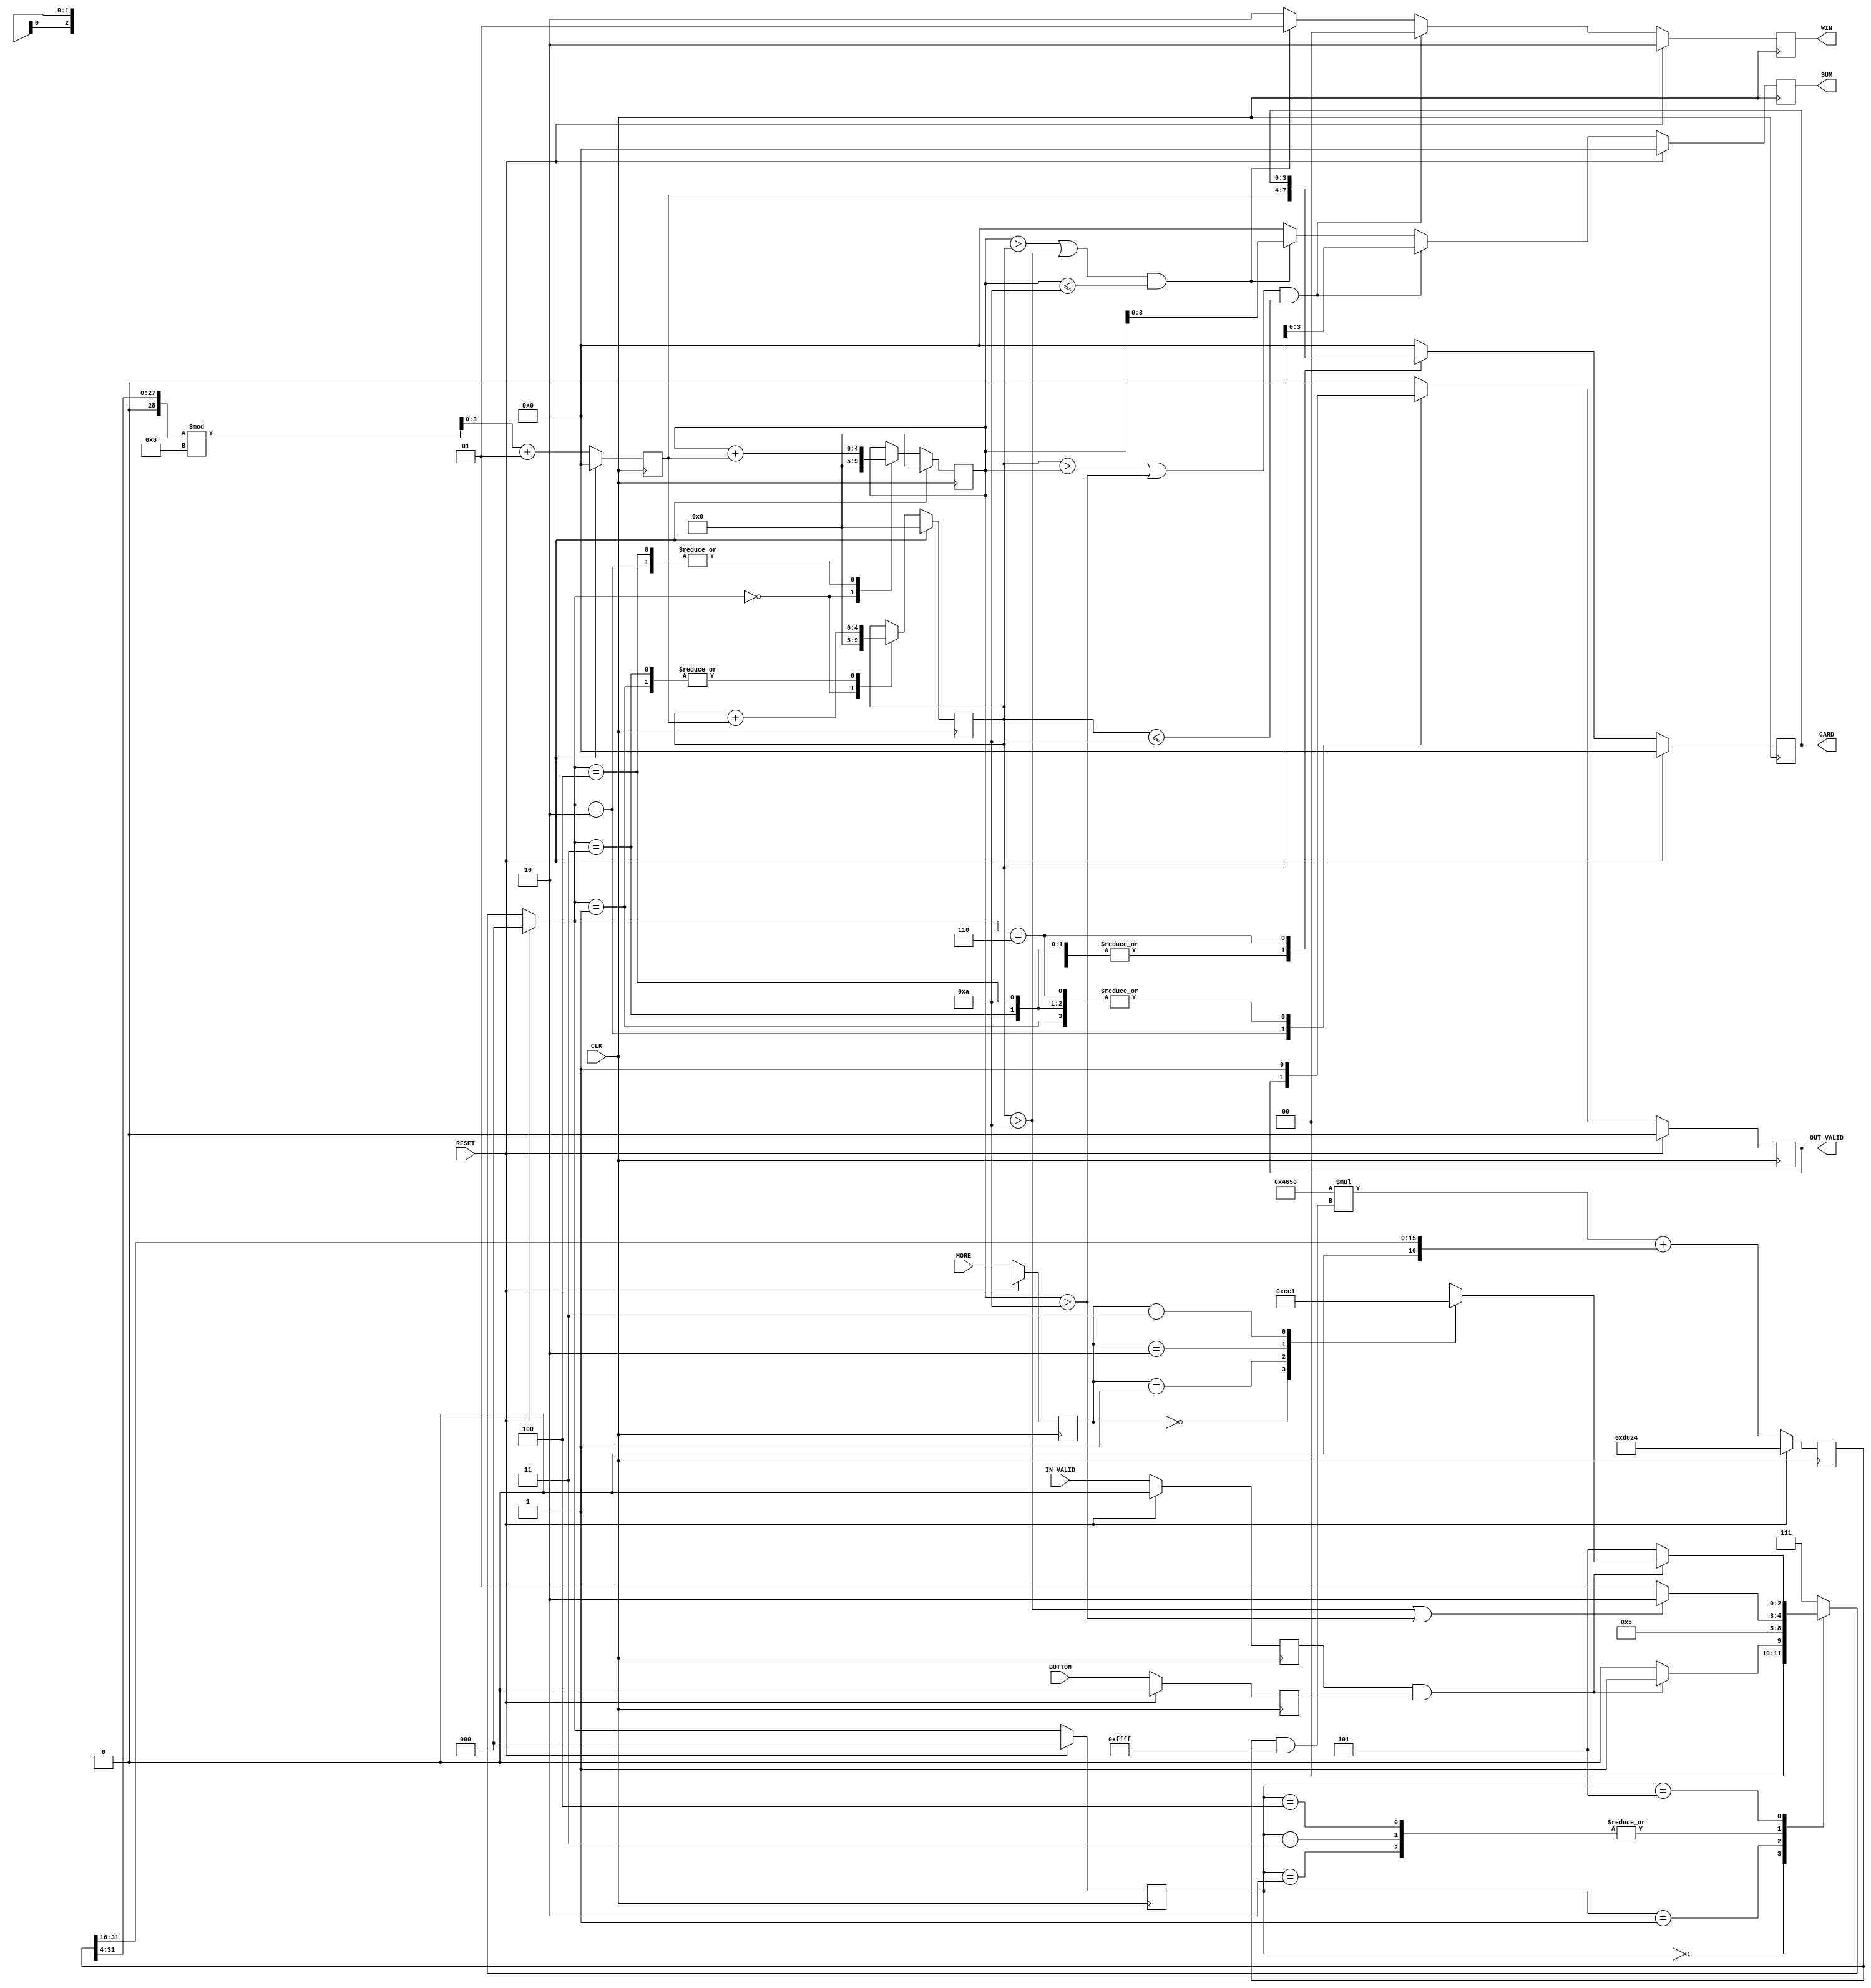
module PGM(
	input CLK, RESET, IN_VALID, BUTTON,
	input [1:0] MORE,
	output reg OUT_VALID,
	output reg [1:0] WIN,
	output reg [3:0] CARD,
	output reg [3:0] SUM
);
parameter MAXH = 10;
parameter ST_INIT = 3'b000;
parameter ST_FC = 3'b001;
parameter ST_SC = 3'b010;
parameter ST_A = 3'b011;
parameter ST_B = 3'b100;
parameter ST_WAIT = 3'b101;
parameter ST_OUTPUT = 3'b110;
parameter ST_DONE = 3'b111;

reg [2:0] state, next_state;
reg [3:0] randcard;
integer m_w;
reg inIN, inBT;
reg [1:0] inMR;
reg [4:0] handA, handB;


// Random number generator
always @(posedge CLK)
begin
	if (RESET) begin
		randcard <= 4'b0000;
		m_w <= 55332;
	end
	else begin
		m_w <= 18000 * (m_w & 65535) + (m_w >> 16);
		randcard <= ((m_w >> 4) % 8) + 1;
	end
end


// Synchronizer
always @(posedge CLK)
begin
	if (RESET) begin
		inIN <= 1'b0;
		inBT <= 1'b0;
		inMR <= 2'bxx;
	end
	else begin
		inIN <= IN_VALID;
		inBT <= BUTTON;
		inMR <= MORE;
	end
		
end

// Finite State Machine
always @(posedge CLK)
begin
	if (RESET)
		state <= ST_INIT;
	else
		state <= next_state;
end

always @(state, handA, handB, MORE, inIN, inBT, inMR, RESET)
begin
	case (state)
		ST_INIT: if (inIN && inBT) next_state = ST_FC;
				else next_state = ST_INIT;
		ST_FC: next_state = ST_SC;
		ST_SC: if (handA > MAXH || handB > MAXH) next_state = ST_OUTPUT;
			else next_state = ST_WAIT;
		ST_A: if (handA > MAXH || handB > MAXH) next_state = ST_OUTPUT;
			else next_state = ST_WAIT;
		ST_B: if (handA > MAXH || handB > MAXH) next_state = ST_OUTPUT;
			else next_state = ST_WAIT;
		ST_WAIT: if (inIN && inBT)
				case (inMR)
					2'b00: next_state = ST_OUTPUT;
					2'b01: next_state = ST_A;
					2'b10: next_state = ST_B;
					2'b11: next_state = ST_FC;
				endcase
			else next_state = ST_WAIT;
		default: next_state = ST_DONE;
	endcase
	if (RESET)
		next_state = ST_INIT;
end

// FSM Behaviour
always @(posedge CLK)
begin
	case (next_state)
		ST_INIT: begin
			handA <= 3'b000;
			handB <= 3'b000;
		end
		ST_FC: begin
			handA <= handA + randcard;
		end
		ST_SC: begin
			handB <= handB + randcard;
		end
		ST_A: begin
			handA <= handA + randcard;
		end
		ST_B: begin
			handB <= handB + randcard;
		end
	endcase
	if (RESET) begin
		handA <= 3'b000;
		handB <= 3'b000;
	end
end



// Output for CARD & OUT_VALID
always @(posedge CLK)
begin
	case (next_state)
		ST_FC: begin
			OUT_VALID <= 1'b1;
			CARD <= randcard;
		end
		ST_SC: begin
			CARD <= randcard;
		end
		ST_A: begin
			OUT_VALID <= 1'b1;
			CARD <= randcard;
		end
		ST_B: begin
			OUT_VALID <= 1'b1;
			CARD <= randcard;
		end
		ST_OUTPUT: begin
			OUT_VALID <= 1'b1;
		end
		default: begin
			OUT_VALID <= 1'b0;
			CARD <= 3'b000;
		end
	endcase
	if (RESET) begin
		OUT_VALID <= 1'b0;
		CARD <= 3'b000;
	end
end




// Output for SUM & WIN
always @(posedge CLK)
begin
	if ((handA > handB || handB > MAXH) && handA <= MAXH) begin
		WIN <= 2'b00;
		SUM <= handA;
	end
	else if ((handB > handA || handA > MAXH) && handB <= MAXH) begin
		WIN <= 2'b01;
		SUM <= handB;
	end
	else begin
		WIN <= 2'b10;
		SUM <= 4'd0;
	end

	if (RESET) begin
		WIN <= 2'b10;
		SUM <= 4'd0;
	end
end
endmodule